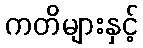
ကတိများနှင့်